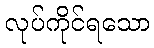
လုပ်ကိုင်ရသော